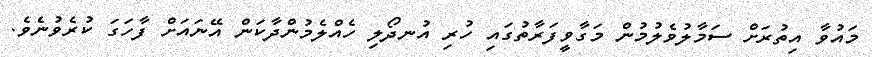
މައުވާ އިތުރަށް ސަމާލުވެލުމުން މަގާވީފަރާތުގައި ހުރި އުނދޯލި ހެއްލެމުންދާކަން އޭނައަށް ފާހަގަ ކުރެވުނެވެ.